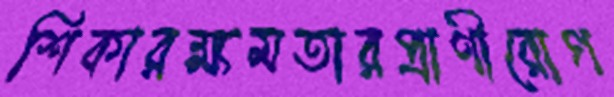
শিকারক্ষমতারপ্রাণীরোগ